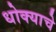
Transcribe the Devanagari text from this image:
धोक्‍याचे